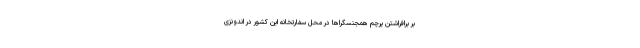
بر برافراشتن پرچم همجنسگراها در محل سفارتخانه این کشور در اندونزی